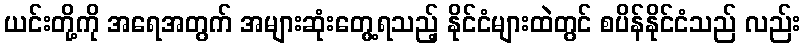
ယင်းတို့ကို အရေအတွက် အများဆုံးတွေ့ရသည့် နိုင်ငံများထဲတွင် စပိန်နိုင်ငံသည် လည်း